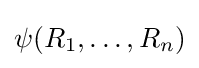
\psi (R_{1},\ldots ,R_{n})